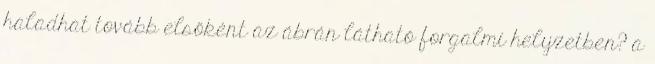
haladhat tovább elsőként az ábrán látható forgalmi helyzetben? a